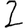
Digit: 2